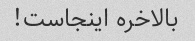
بالاخره اینجاست!